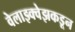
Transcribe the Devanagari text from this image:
वेलाझ्क्वेझकडून